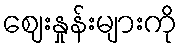
ဈေးနှုန်းများကို